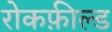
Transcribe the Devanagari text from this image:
रोकफ़ील्ड